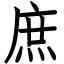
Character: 庶